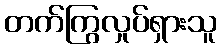
တက်ကြွလှုပ်ရှားသူ